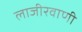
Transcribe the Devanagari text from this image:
लाजीरवाणी